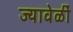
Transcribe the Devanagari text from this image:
ज्यावेळीं